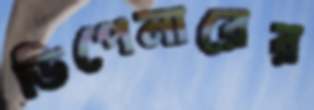
ডিপেনারের